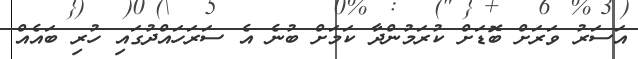
އަސަރު ވަރަށް ބޮޑަށް ކުރަމުންދާ ކަމަށް ބުނެ އެ ސަރަހައްދުގައި ހުރި ބައެއް